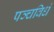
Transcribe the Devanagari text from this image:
पञ्चविधं